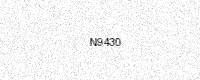
Text: N9430